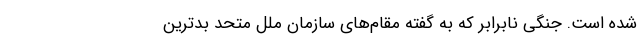
شده است. جنگی نابرابر که به گفته مقام‌های سازمان ملل متحد بدترین